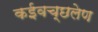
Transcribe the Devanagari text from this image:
कईवच्छलेण